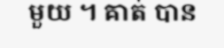
មួយ ។ គាត់ បាន